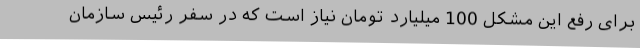
برای رفع این مشکل 100 میلیارد تومان نیاز است که در سفر رئیس سازمان